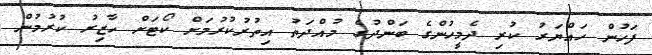
ފަހުން ހައްޔަރު ކުރި ދެމީހުންގެ ބަންދުގެ މުއްދަތު އިތުރުކުރުމަށް ކޯޓަށް ހާޒިރު ކުރުމުން